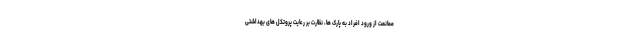
ممانعت از ورود افراد به پارک ها، نظارت بر رعایت پروتکل های بهداشتی